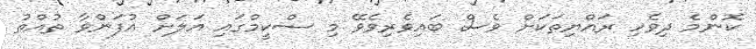
ކޮންމެ ދިވެހި ރައްޔިތަކަށް ވެސް ބައިވެރިވެވޭ މި ސްކީމްގައި އަލަށް އުފަންވާ ތުއްތު